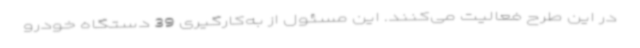
در این طرح فعالیت می‌کنند. این مسئول از به‌کارگیری 39 دستگاه خودرو